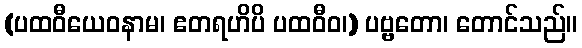
(ပထဝီယေဝနာမ၊ ဧတရဟိပိ ပထဝီဝ၊) ပဗ္ဗတော၊ တောင်သည်။